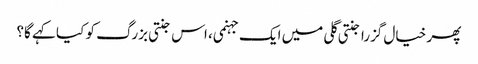
پھر خیال گزرا جنتی گلی میں ایک جہنمی، اس جنتی بزرگ کو کیا کہے گا؟